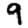
Digit: 9